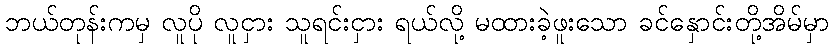
ဘယ်တုန်းကမှ လူပို လူငှား သူရင်းငှား ရယ်လို့ မထားခဲ့ဖူးသော ခင်နှောင်းတို့အိမ်မှာ